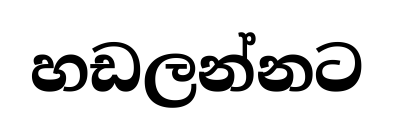
හඩලන්නට